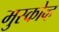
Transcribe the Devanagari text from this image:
मुस्कोव्ह